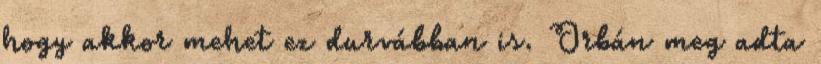
hogy akkor mehet ez durvábban is. Orbán meg adta